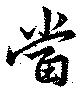
當